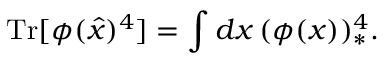
\mathrm { T r } [ \phi ( \hat { x } ) ^ { 4 } ] = \int d x \, ( \phi ( x ) ) _ { * } ^ { 4 } .